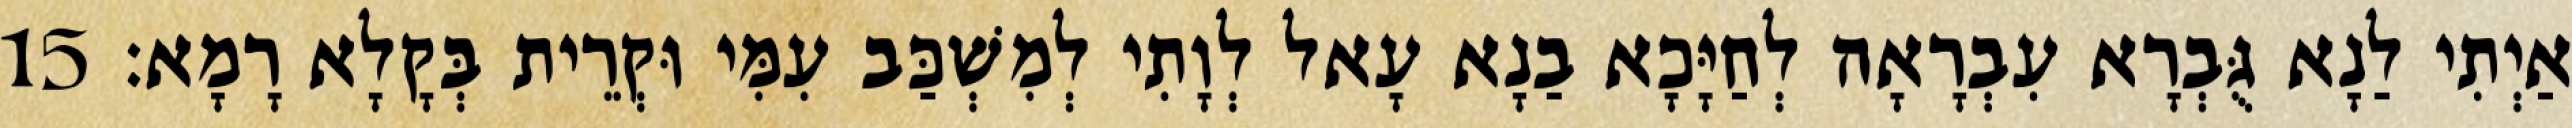
אַיְתִי לַנָא גֻּבְרָא עִבְרָאָה לְחַיָּכָא בַנָא עָאל לְוָתִי לְמִשְׁכַּב עִמִּי וּקְרֵית בְּקָלָא רָמָא׃ 15